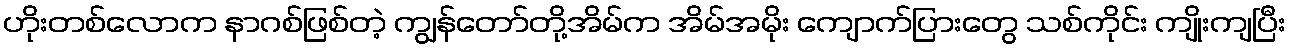
ဟိုးတစ်လောက နာဂစ်ဖြစ်တဲ့ ကျွန်တော်တို့အိမ်က အိမ်အမိုး ကျောက်ပြားတွေ သစ်ကိုင်း ကျိုးကျပြီး